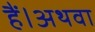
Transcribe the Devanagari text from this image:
हैं।अथवा